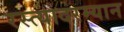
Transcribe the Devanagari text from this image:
रस्त्यादरम्यान